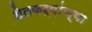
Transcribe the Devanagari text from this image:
शेतकऱ्य़ांच्या